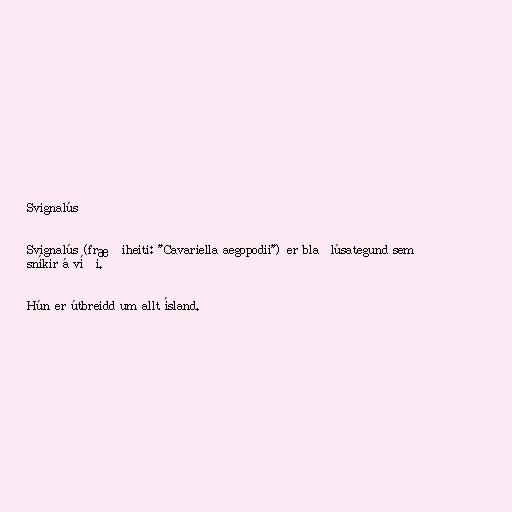
Svignalús

Svignalús (fræðiheiti: "Cavariella aegopodii") er blaðlúsategund sem
sníkir á víði.

Hún er útbreidd um allt ísland.